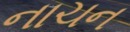
નાચન